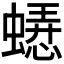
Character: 𬠥